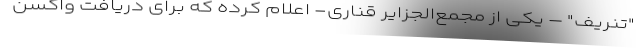
"تنریف" – یکی از مجمع‌الجزایر قناری- اعلام کرده که برای دریافت واکسن